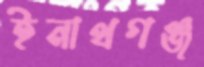
ইনাথগঞ্জ